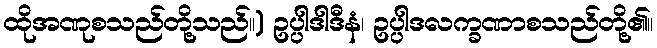
ထိုအဏုစသည်တို့သည်။) ဥပ္ပါဒါဒီနံ၊ ဥပ္ပါဒလက္ခဏာစသည်တို့၏။